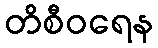
တိစီဝရေန